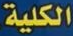
الكلية